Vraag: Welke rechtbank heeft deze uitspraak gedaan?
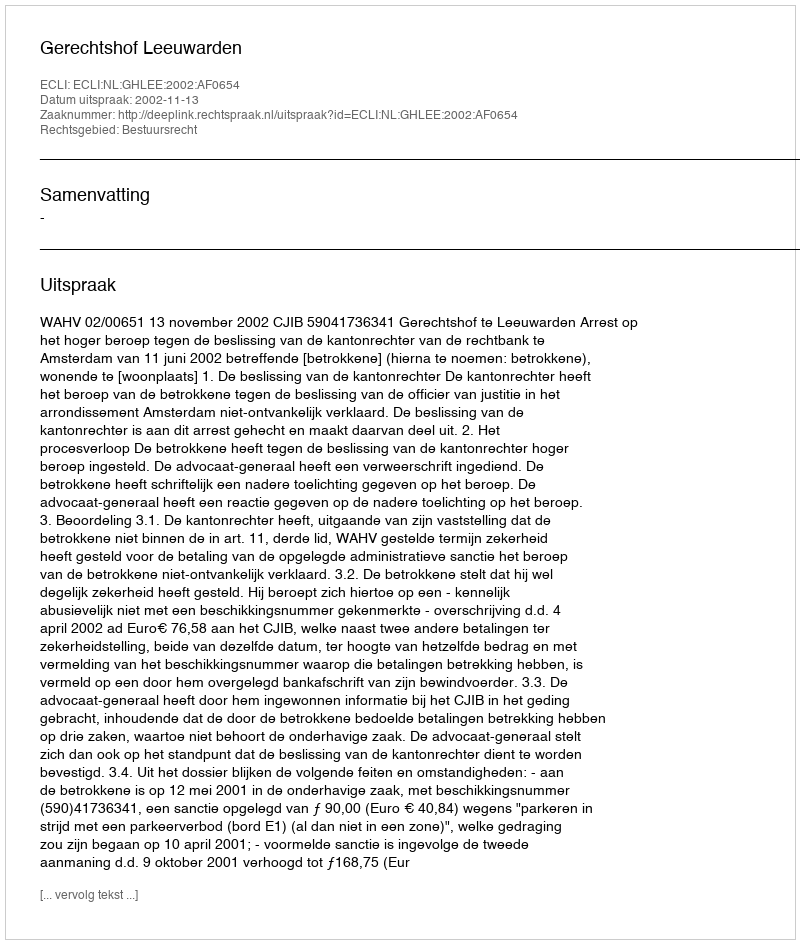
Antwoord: Gerechtshof Leeuwarden